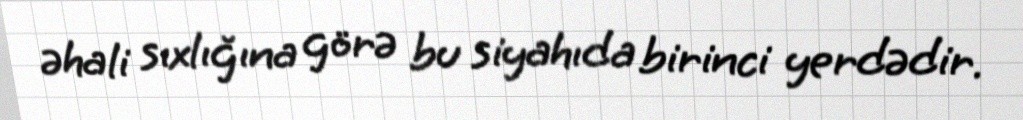
əhali sıxlığına görə bu siyahıda birinci yerdədir.